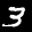
Label: 3